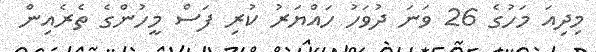
މިދިއަ މަހުގެ 26 ވަނަ ދުވަހު ހައްޔަރު ކުރި ފަސް މީހުންގެ ތެރެއިން